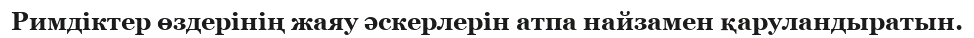
Римдіктер өздерінің жаяу әскерлерін атпа найзамен қаруландыратын.